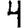
Digit: 4